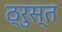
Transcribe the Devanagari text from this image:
ठ्रुस्त